Indian journal of veterinary science and animal husbandry - Volume 1,
Year: 1931
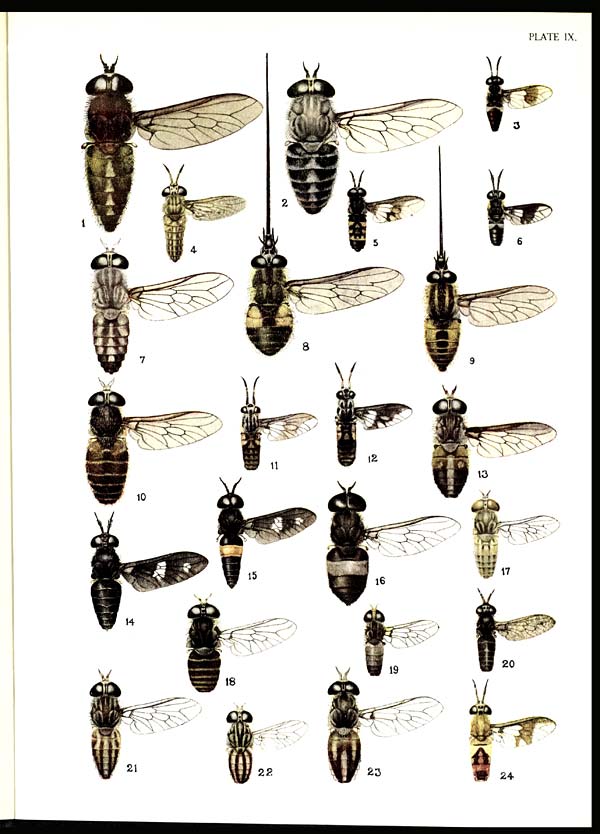
PLATE IX.